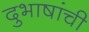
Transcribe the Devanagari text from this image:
दुभाषांची